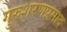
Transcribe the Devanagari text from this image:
गुरुशरणप्रसाद